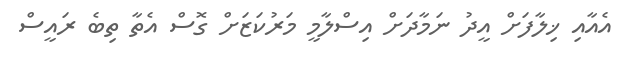
އެއާއި ޚިލާފަށް އީދު ނަމާދަށް އިސްލާމީ މަރުކަޒަށް ގޮސް އެތާ ތިބެ ރައީސް